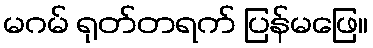
မဂမ် ရုတ်တရက် ပြန်မဖြေ။